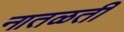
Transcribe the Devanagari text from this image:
नातळती